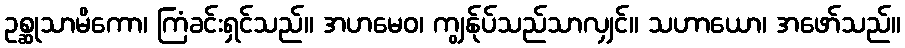
ဥစ္ဆုသာမိကော၊ ကြံခင်းရှင်သည်။ အဟမေဝ၊ ကျွန်ုပ်သည်သာလျှင်။ သဟာယော၊ အဖော်သည်။